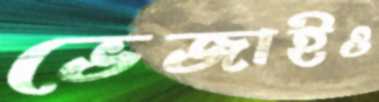
ভেজাইও